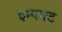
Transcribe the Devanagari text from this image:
इम्पक्ट